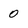
Character: 0